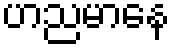
ဟညမာနေ